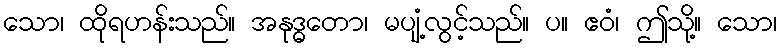
သော၊ ထိုရဟန်းသည်။ အနုဒ္ဓတော၊ မပျံ့လွင့်သည်။ ပ။ ဧဝံ၊ ဤသို့။ သော၊